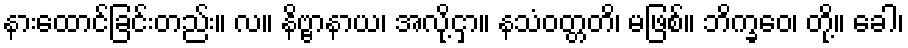
နားထောင်ခြင်းတည်း။ လ။ နိဗ္ဗာနာယ၊ အလို့ငှာ။ နသံဝတ္တတိ၊ မဖြစ်။ ဘိက္ခဝေ၊ တို့။ ခေါ၊